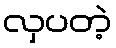
လှပတဲ့